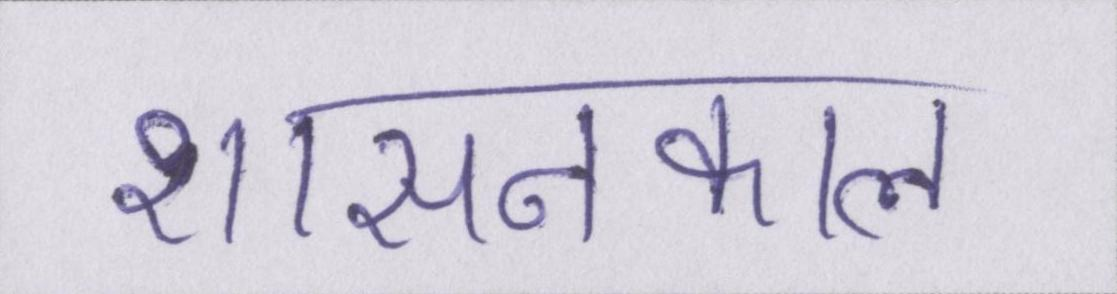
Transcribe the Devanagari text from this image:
शासनकाल